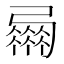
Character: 𢐴